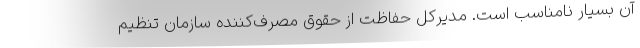
آن بسیار نامناسب است. مدیرکل حفاظت از حقوق مصرف‌کننده سازمان تنظیم